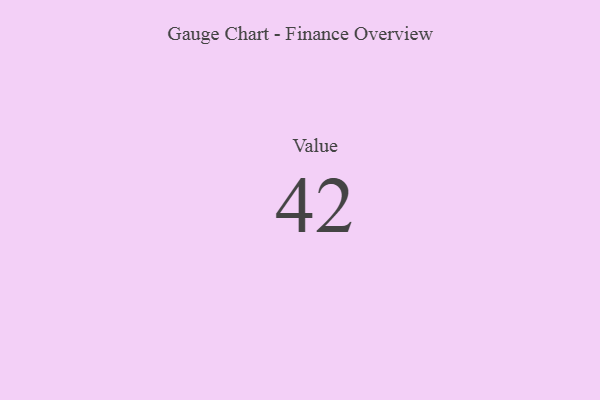
{"axis": {"x": "Metric", "y": "Value"}, "legend": [""], "data": [{"x": "Value", "y": 42, "type": ""}]}